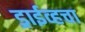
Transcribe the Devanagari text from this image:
ड्राईव्हचा